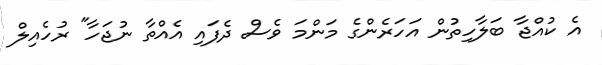
އެ ކުއްޖާ ބަލާހިތުން އަހަރެންގެ މަންމަ ވެސް ދެފައި އެއްތާ ނުޖަހާ" ރުހެއިލް